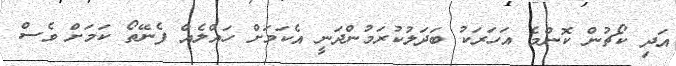
އަދި ކޯޗުން ކޮންމެ އަހަރަކު ބަދަލުކުރަމުންދަނީ އެކަމަށް ހައްލެއް ފެނޭތޯ ކަމަށް ވެސް